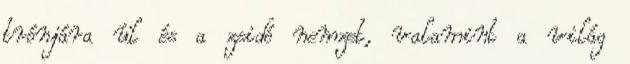
trónjára ül és a zsidó nemzet, valamint a világ